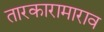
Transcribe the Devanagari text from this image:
तारकारामाराव